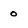
Character: 0